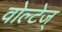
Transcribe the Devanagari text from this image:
वोल्टेज्